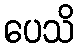
ပေသိ